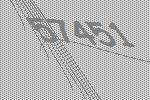
57451